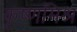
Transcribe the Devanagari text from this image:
कृष्णमिश्र